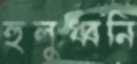
হুলুধ্বনি